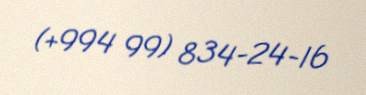
(+994 99) 834-24-16